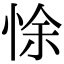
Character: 悇